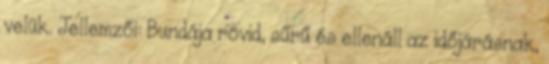
velük. Jellemzői: Bundája rövid, sűrű és ellenáll az időjárásnak,